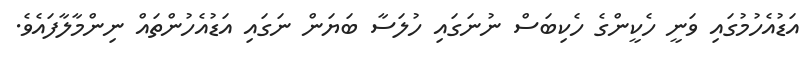
އަޑުއެހުމުގައި ވަނީ ހެކީންގެ ހެކިބަސް ނުނަގައި ހުލަސާ ބަޔަން ނަގައި އަޑުއެހުންތައް ނިންމާލާފައެވެ.